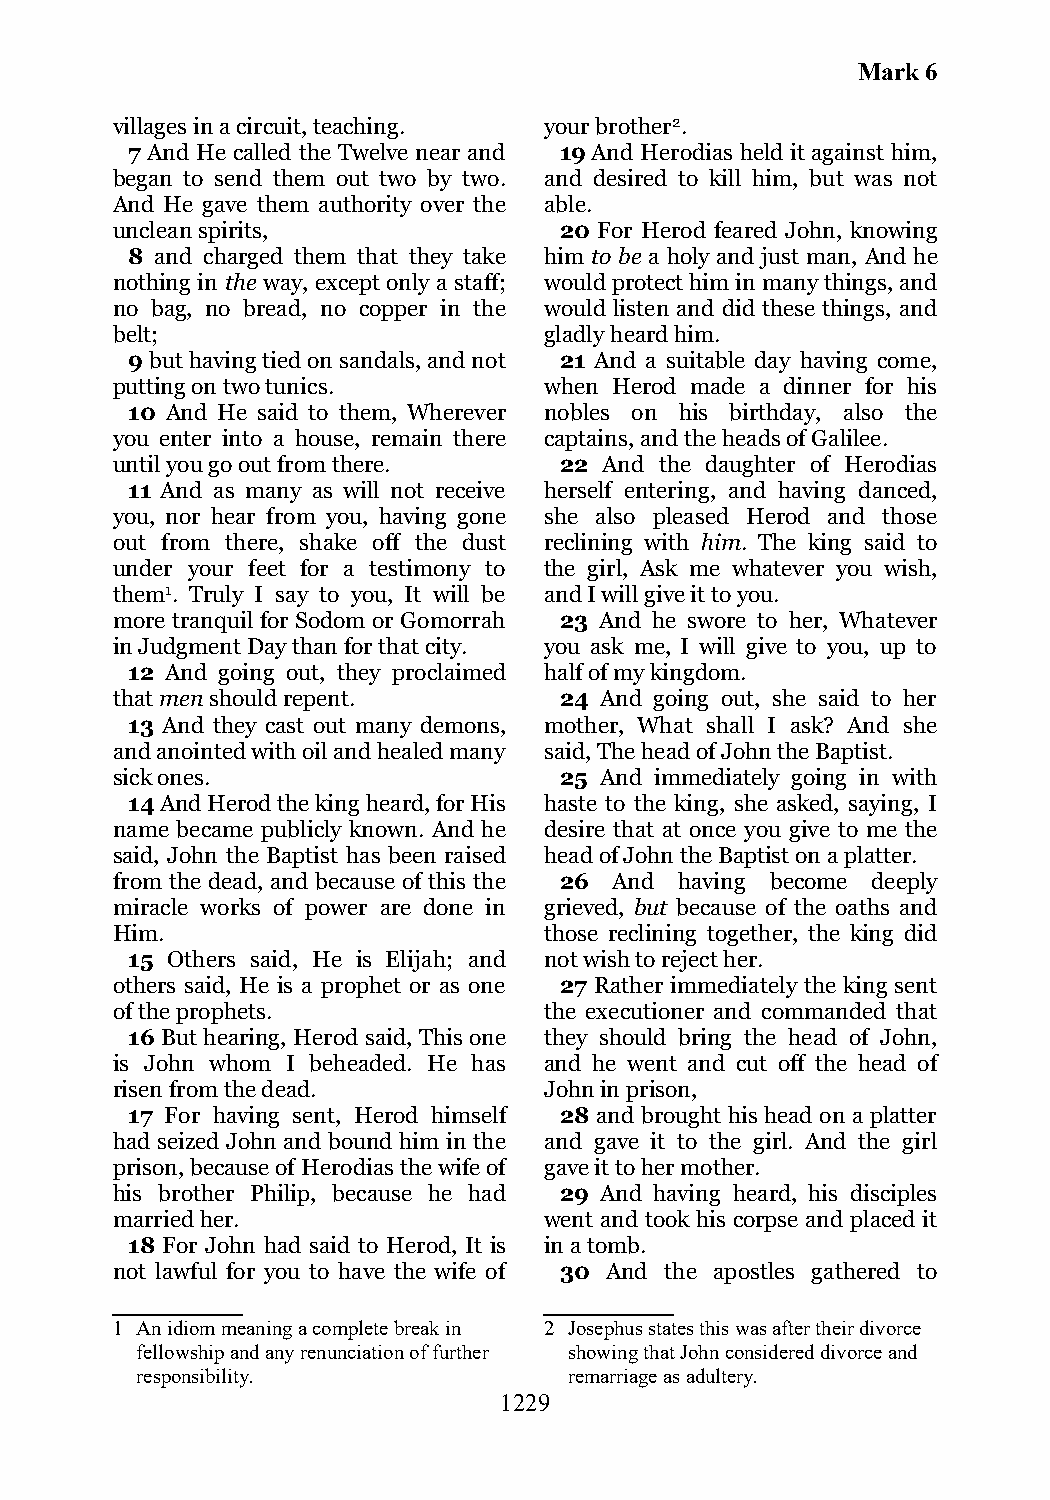
Mark 6
 villages in a circuit, teaching. your brother2.
 7 And He called the Twelve near and 19 And Herodias held it against him,
 began to send them out two by two. and desired to kill him, but was not
 And He gave them authority over the able.
 unclean spirits,              20 For Herod feared John, knowing
 8 and charged them that they take him to be a holy and just man, And he
 nothing in the way, except only a staff; would protect him in many things, and
 no bag, no bread, no copper in the would listen and did these things, and
 belt;                        gladly heard him.
 9 but having tied on sandals, and not 21 And a suitable day having come,
 putting on two tunics.       when Herod made a dinner for his
 10 And He said to them, Wherever nobles on his birthday, also the
 you enter into a house, remain there captains, and the heads of Galilee.
 until you go out from there.  22 And the daughter of Herodias
 11 And as many as will not receive herself entering, and having danced,
 you, nor hear from you, having gone she also pleased Herod and those
 out from there, shake off the dust reclining with him. The king said to
 under your feet for a testimony to the girl, Ask me whatever you wish,
 them1. Truly I say to you, It will be and I will give it to you.
 more tranquil for Sodom or Gomorrah 23 And he swore to her, Whatever
 in Judgment Day than for that city. you ask me, I will give to you, up to
 12 And going out, they proclaimed half of my kingdom.
 that men should repent.       24 And going out, she said to her
 13 And they cast out many demons, mother, What shall I ask? And she
 and anointed with oil and healed many said, The head of John the Baptist.
 sick ones.                    25 And immediately going in with
 14 And Herod the king heard, for His haste to the king, she asked, saying, I
 name became publicly known. And he desire that at once you give to me the
 said, John the Baptist has been raised head of John the Baptist on a platter.
 from the dead, and because of this the 26 And having become deeply
 miracle works of power are done in grieved, but because of the oaths and
 Him.                         those reclining together, the king did
 15 Others said, He is Elijah; and not wish to reject her.
 others said, He is a prophet or as one 27 Rather immediately the king sent
 of the prophets.             the executioner and commanded that
 16 But hearing, Herod said, This one they should bring the head of John,
 is John whom I beheaded. He has and he went and cut off the head of
 risen from the dead.         John in prison,
 17 For having sent, Herod himself 28 and brought his head on a platter
 had seized John and bound him in the and gave it to the girl. And the girl
 prison, because of Herodias the wife of gave it to her mother.
 his brother Philip, because he had 29 And having heard, his disciples
 married her.                 went and took his corpse and placed it
 18 For John had said to Herod, It is in a tomb.
 not lawful for you to have the wife of 30 And the apostles gathered to
 1 An idiom meaning a complete break in 2 Josephus states this was after their divorce
 fellowship and any renunciation of further showing that John considered divorce and
 responsibility.              remarriage as adultery.
 1229